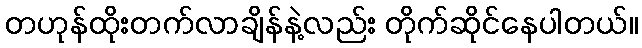
တဟုန်ထိုးတက်လာချိန်နဲ့လည်း တိုက်ဆိုင်နေပါတယ်။